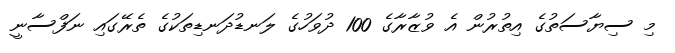
މި ސިޔާސަތުގެ އިތުރުން އެ ވުޒާރާގެ 100 ދުވަހުގެ ލަނޑުދަނޑިތަކުގެ ތެރޭގައި ނަފްސާނީ